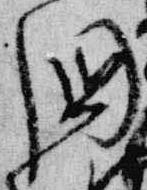
国